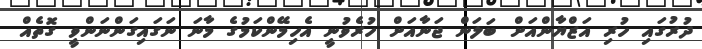
ދުރުގައި ހުރި އަޒްޔާންއަށް ބަލަން ޖަނާއަށް ހުރެވުނީ އެހިމޭންކަމުގެ މާނަ ނަގައިގަންނަންވީ ގޮތެއް